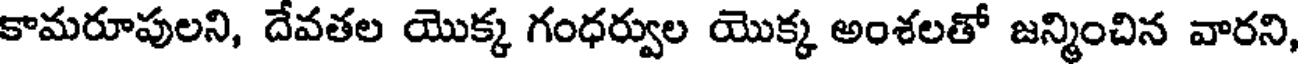
కామరూపులని, దేవతల యొక్క గంధర్వుల యొక్క అంశలతో జన్మించిన వారని,